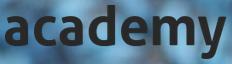
academy